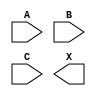
/**
 * Copyright 2020 The SkyWater PDK Authors
 *
 * Licensed under the Apache License, Version 2.0 (the "License");
 * you may not use this file except in compliance with the License.
 * You may obtain a copy of the License at
 *
 *     https://www.apache.org/licenses/LICENSE-2.0
 *
 * Unless required by applicable law or agreed to in writing, software
 * distributed under the License is distributed on an "AS IS" BASIS,
 * WITHOUT WARRANTIES OR CONDITIONS OF ANY KIND, either express or implied.
 * See the License for the specific language governing permissions and
 * limitations under the License.
 *
 * SPDX-License-Identifier: Apache-2.0
 */

`ifndef SKY130_FD_SC_HVL__AND3_SYMBOL_V
`define SKY130_FD_SC_HVL__AND3_SYMBOL_V

/**
 * and3: 3-input AND.
 *
 * Verilog stub (without power pins) for graphical symbol definition
 * generation.
 *
 * WARNING: This file is autogenerated, do not modify directly!
 */

`timescale 1ns / 1ps
`default_nettype none

(* blackbox *)
module sky130_fd_sc_hvl__and3 (
    //# {{data|Data Signals}}
    input  A,
    input  B,
    input  C,
    output X
);

    // Voltage supply signals
    supply1 VPWR;
    supply0 VGND;
    supply1 VPB ;
    supply0 VNB ;

endmodule

`default_nettype wire
`endif  // SKY130_FD_SC_HVL__AND3_SYMBOL_V